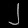
Digit: ၂